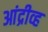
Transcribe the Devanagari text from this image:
आंद्रीव्ह